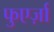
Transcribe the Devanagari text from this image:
फुएर्ज़ा